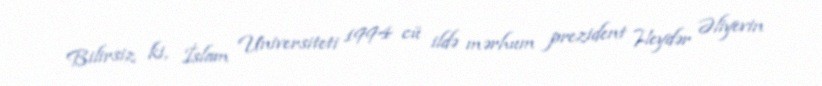
Bilirsiz ki, İslam Universiteti 1994 cü ildə mərhum prezident Heydər Əliyevin